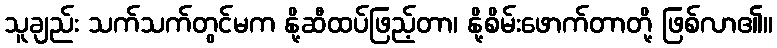
သူချည်း သက်သက်တွင်မက နို့ဆီထပ်ဖြည့်တာ၊ နို့စိမ်းဖောက်တာတို့ ဖြစ်လာ၏။